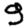
Digit: 9